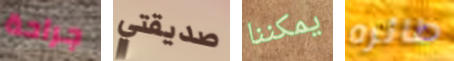
جراحة صديقتي يمكننا طائره